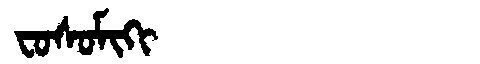
Manchu: ᠸᠣᠰᠣᠮᡳᡴᡳ
Romanization: FOSOMIKI